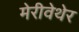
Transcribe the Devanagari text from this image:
मेरीवेथेर